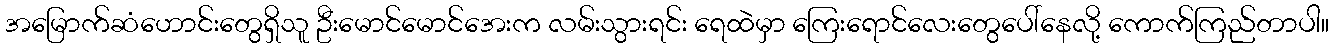
အမြောက်ဆံဟောင်းတွေရှိသူ ဦးမောင်မောင်အေးက လမ်းသွားရင်း ရေထဲမှာ ကြေးရောင်လေးတွေပေါ်နေလို့ ကောက်ကြည်တာပါ။